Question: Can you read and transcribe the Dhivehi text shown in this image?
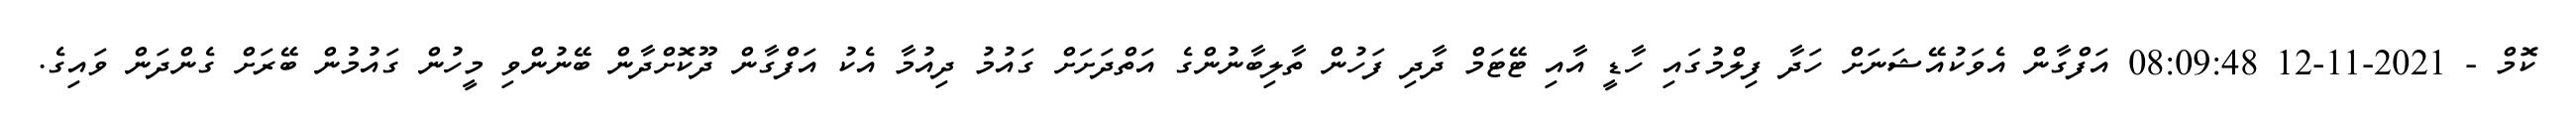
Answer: ކޮމް - 2021-11-12 08:09:48 އަފްގާން އެވަކުއޭޝަނަށް ހަދާ ފިލްމުގައި ހާޑީ އާއި ޓޭޓަމް ދާދި ފަހުން ތާލިބާނުންގެ އަތްދަށަށް ގައުމު ދިއުމާ އެކު އަފްގާން ދޫކޮށްދާން ބޭނުންވި މީހުން ގައުމުން ބޭރަށް ގެންދަން ވައިގެ.